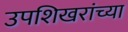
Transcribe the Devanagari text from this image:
उपशिखरांच्या